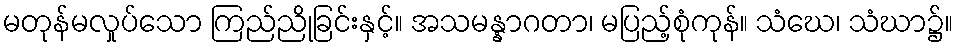
မတုန်မလှုပ်သော ကြည်ညိုခြင်းနှင့်။ အသမန္နာဂတာ၊ မပြည့်စုံကုန်။ သံဃေ၊ သံဃာ၌။